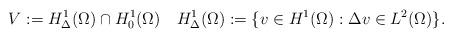
LaTeX: \begin{align*} V:=H^1_\Delta(\Omega)\cap H^1_0(\Omega) \quad H^1_\Delta(\Omega):=\{v\in H^1(\Omega): \Delta v\in L^2(\Omega)\}.\end{align*}